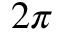
2 \pi